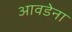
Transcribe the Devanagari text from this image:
आवडेना